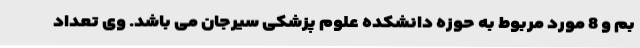
بم و 8 مورد مربوط به حوزه دانشکده علوم پزشکی سیرجان می باشد. وی تعداد